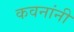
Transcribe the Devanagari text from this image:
कवनांनी